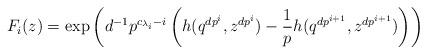
LaTeX: \begin{align*}F_i(z)=\exp\left(d^{-1}p^{c_{\lambda_i}-i}\left(h(q^{dp^i},z^{dp^i})-\frac{1}{p}h(q^{dp^{i+1}},z^{dp^{i+1}})\right)\right)\end{align*}